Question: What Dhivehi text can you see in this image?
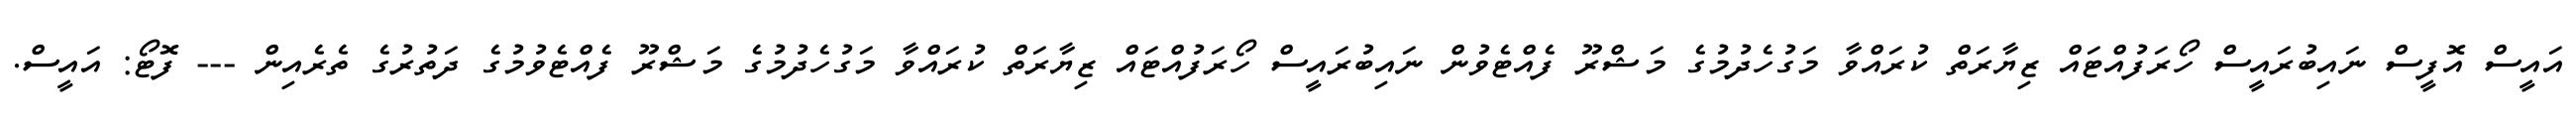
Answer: އައީސް އޮފީސް ނައިބުރައީސް ހޯރަފުއްޓައް ޒިޔާރަތް ކުރައްވާ މަގުހެދުމުގެ މަޝްރޫ ފެއްޓެވުން ނައިބުރައީސް ހޯރަފުއްޓައް ޒިޔާރަތް ކުރައްވާ މަގުހެދުމުގެ މަޝްރޫ ފެއްޓެވުމުގެ ދަތުރުގެ ތެރެއިން --- ފޮޓޯ: އައީސް.